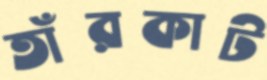
তাঁরকাট